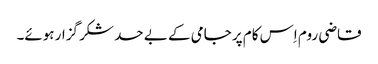
قاضی روم اِس کام پر جامی کے بے حد شکر گزار ہوئے۔